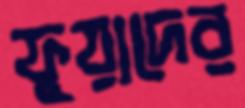
ফুয়াদের